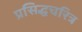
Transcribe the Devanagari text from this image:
प्रसिद्धचरित्र